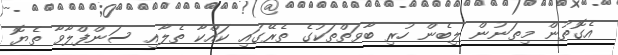
އެގޮތުން މިތަނުން ލިބެން ހުރި ބާވަތްތަކުގެ ތެރޭގައި ކައްކާ ތެލާއި ސަންފްލާވާ ތެޔޮ